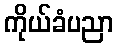
ကိုယ်ခံပညာ